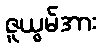
ဇူယွမ်အား